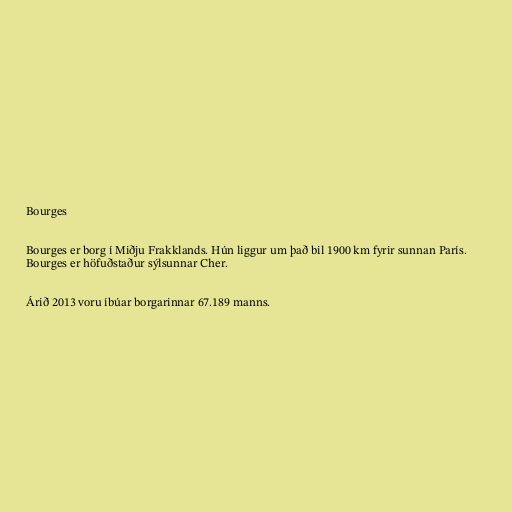
Bourges

Bourges er borg í Miðju Frakklands. Hún liggur um það bil 1900 km fyrir sunnan París.
Bourges er höfuðstaður sýlsunnar Cher.

Árið 2013 voru íbúar borgarinnar 67.189 manns.